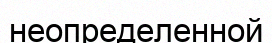
неопределенной